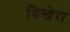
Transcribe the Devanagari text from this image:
विखेरा